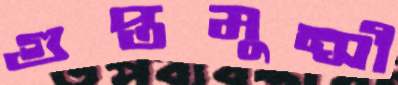
গুপ্তমুন্সী